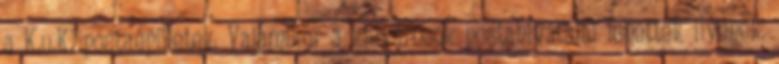
a K.u.K. postaépületek. Valamikor a kisvárosok postahivatalai lehettek ilyenek.